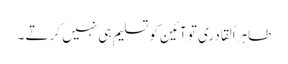
طاہراُلقادری تو آئین کو تسلیم ہی نہیں کرتے ۔